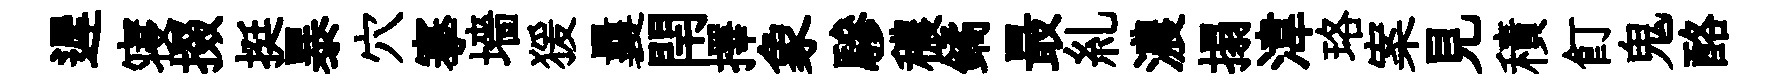
遲寝掇挺暴穴搴墻猨曩閈擇象驂穠鐍最糺濃搨湋珞案見積飣鬼酪